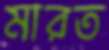
মারত